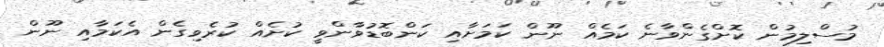
މުސްލިމުން ކޮށްގެންވާނެ ކަމެއް ނޫން ކަމަށާއި ކަންބޮޑުވާންވީ ކުށެއް ކުރެވިގެން އެކަމާއި ނޫން